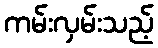
ကမ်းလှမ်းသည့်